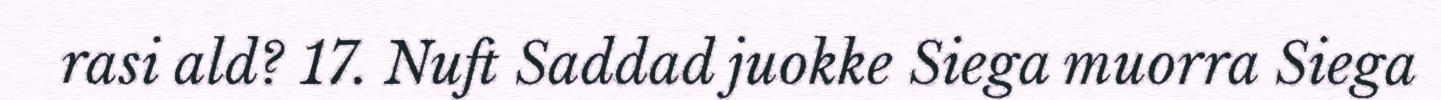
rasi ald? 17. Nuft Saddad juokke Siega muorra Siega